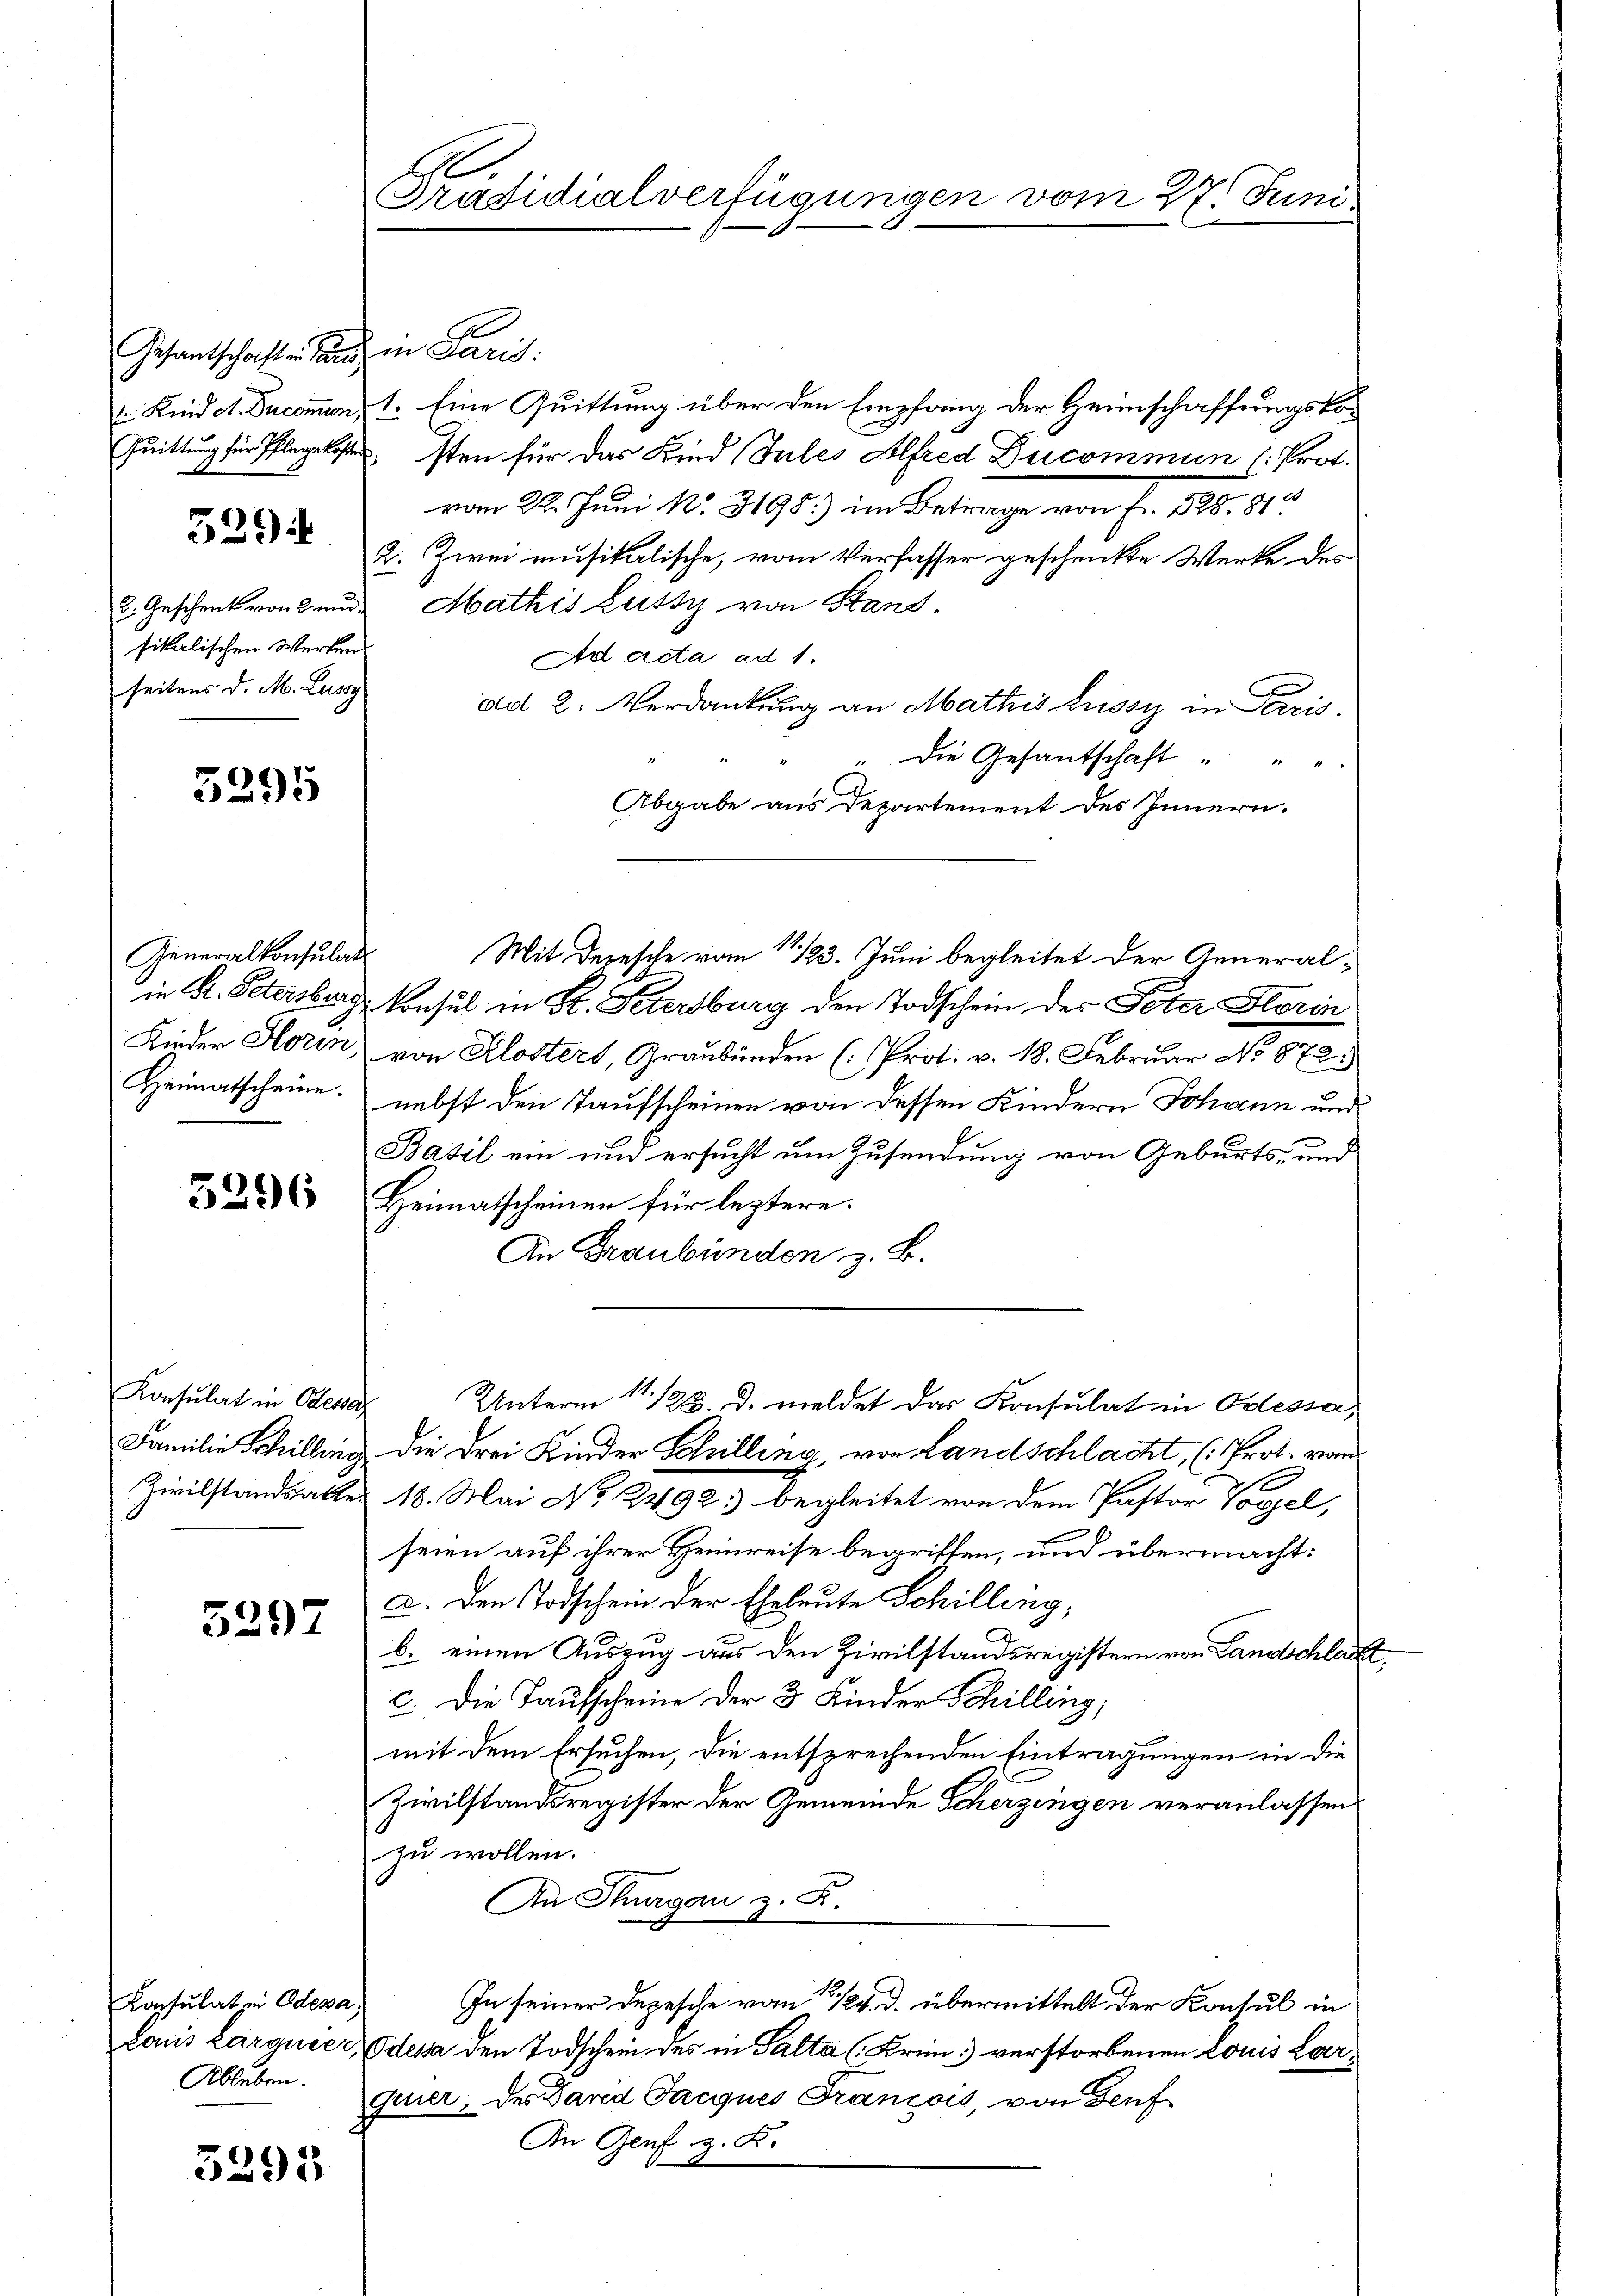
Gesantschaft in den in Paris
3294
l. Geschenk von Kennsikalischen Werken
seitens d. M. Lust

3295

Generalkonsulat
in K. Petersburg
Kinder Horen,
Heimatscheine.

3296

Konsulat in Odesser
Familie Schilling
Zivilstandsalte

5297

Konsulat in Odessa,
Lois Larguier,
Ableben.

3295

.
Präsidialverfügungen vom 27. Juni.

Ge
u. Kind d. Ducommen, 1. Eine Quittung über den Empfang der Heimschaffungsko¬
Quittung für Pflegekosten für das Kind Jules Alfred Ducommun 1. Prot.
vom 22. Juni N. 3198) im Betrage von Fr. 528. 810
2. Zwei musikalische, vom Verfasser geschenkte Werke des
Mathis Justiz von Stand.
Ad acta ad 1.
ad 2. Verdankung an Mathis Lussy in Paris.
Die Gesandschaft " " "
Abgabe aus Departement des Innern.
Konsul in St. Petersburg den Todschein des Peter Storin
von Klosters, Graubünden (Prot. v. 18. Februar No 872.
nebst den Taufscheinen von dessen Kindern Johann und
Basil ein und ersucht um Zusendung von Geburts- und
Heimatscheinen für leztere.
An Graubünden z. B.
Unterm 11. 128. d. meldet das Konsulat in Odessa,
die drei Kinder Schilling, von Landschlacht, (Prot. von
18. Mai No 2492. begleitet von dem Pastor Vorzel,
seien auf ihrer Heimreise begriffen, und übermacht:
a. Den Todschein der Eheleute Schilling,
b. einen Auszug aus den Zivilstandsregistern von Landschlac
c. Die Taufscheine der 3 Kinder Schilling,
mit dem Ersuchen, die entsprechenden Eintragungen in die
Zivilstandsregister der Gemeinde Scherzingen veranlassen
zu wollen.
An Thurgau z. B.
In seiner Depesche vom 13./24. d. übermittelt der Konsul in
Odessa den Todschein des in Palta (Krii) verstorbenen Louis Largeier, der Sand Jacques Francois, von Genf
In Genf z. B.

Mit Depesche vom 11/23. Juni begleitet der General¬